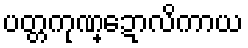
ပတ္တကုဏ္ဍောလိကာယ